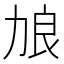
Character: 𫦭